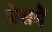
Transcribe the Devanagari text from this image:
प्रेसमें